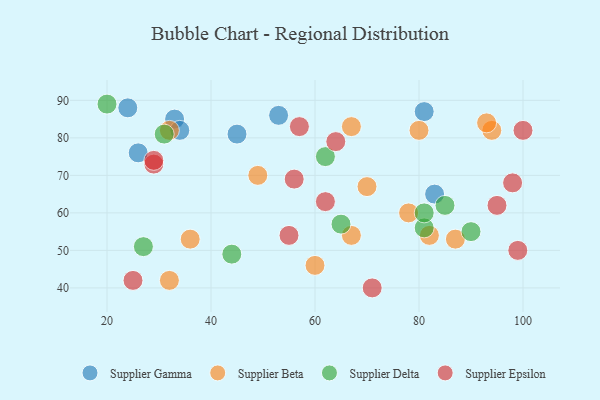
{"axis": {"x": "GDP", "y": "Life Expectancy"}, "legend": ["Supplier Beta", "Supplier Delta", "Supplier Epsilon", "Supplier Gamma"], "data": [{"x": "83", "y": 65, "type": "Supplier Gamma"}, {"x": "45", "y": 81, "type": "Supplier Gamma"}, {"x": "53", "y": 86, "type": "Supplier Gamma"}, {"x": "81", "y": 87, "type": "Supplier Gamma"}, {"x": "33", "y": 85, "type": "Supplier Gamma"}, {"x": "26", "y": 76, "type": "Supplier Gamma"}, {"x": "34", "y": 82, "type": "Supplier Gamma"}, {"x": "24", "y": 88, "type": "Supplier Gamma"}, {"x": "36", "y": 53, "type": "Supplier Beta"}, {"x": "94", "y": 82, "type": "Supplier Beta"}, {"x": "67", "y": 83, "type": "Supplier Beta"}, {"x": "32", "y": 82, "type": "Supplier Beta"}, {"x": "32", "y": 42, "type": "Supplier Beta"}, {"x": "49", "y": 70, "type": "Supplier Beta"}, {"x": "82", "y": 54, "type": "Supplier Beta"}, {"x": "78", "y": 60, "type": "Supplier Beta"}, {"x": "80", "y": 82, "type": "Supplier Beta"}, {"x": "70", "y": 67, "type": "Supplier Beta"}, {"x": "87", "y": 53, "type": "Supplier Beta"}, {"x": "67", "y": 54, "type": "Supplier Beta"}, {"x": "93", "y": 84, "type": "Supplier Beta"}, {"x": "60", "y": 46, "type": "Supplier Beta"}, {"x": "85", "y": 62, "type": "Supplier Delta"}, {"x": "31", "y": 81, "type": "Supplier Delta"}, {"x": "27", "y": 51, "type": "Supplier Delta"}, {"x": "20", "y": 89, "type": "Supplier Delta"}, {"x": "62", "y": 75, "type": "Supplier Delta"}, {"x": "81", "y": 56, "type": "Supplier Delta"}, {"x": "65", "y": 57, "type": "Supplier Delta"}, {"x": "44", "y": 49, "type": "Supplier Delta"}, {"x": "81", "y": 60, "type": "Supplier Delta"}, {"x": "90", "y": 55, "type": "Supplier Delta"}, {"x": "99", "y": 50, "type": "Supplier Epsilon"}, {"x": "71", "y": 40, "type": "Supplier Epsilon"}, {"x": "55", "y": 54, "type": "Supplier Epsilon"}, {"x": "57", "y": 83, "type": "Supplier Epsilon"}, {"x": "29", "y": 73, "type": "Supplier Epsilon"}, {"x": "62", "y": 63, "type": "Supplier Epsilon"}, {"x": "56", "y": 69, "type": "Supplier Epsilon"}, {"x": "98", "y": 68, "type": "Supplier Epsilon"}, {"x": "100", "y": 82, "type": "Supplier Epsilon"}, {"x": "95", "y": 62, "type": "Supplier Epsilon"}, {"x": "64", "y": 79, "type": "Supplier Epsilon"}, {"x": "25", "y": 42, "type": "Supplier Epsilon"}, {"x": "29", "y": 74, "type": "Supplier Epsilon"}]}